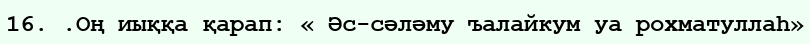
16. .Оң иыққа қарап: « Әс-сәләму ъалайкум уа рохматуллаһ»